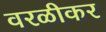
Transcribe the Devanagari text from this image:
वरळीकर